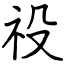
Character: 祋